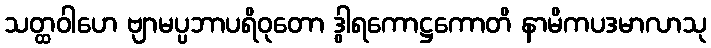
သတ္ထဝါဟေ ဗျာမပ္ပဘာပရိဝုတော ဒွါရကောဋ္ဌကောတိ နာမိကပဒမာလာသု